Vabadussoja_Ajaloo_Komitee, lk 7
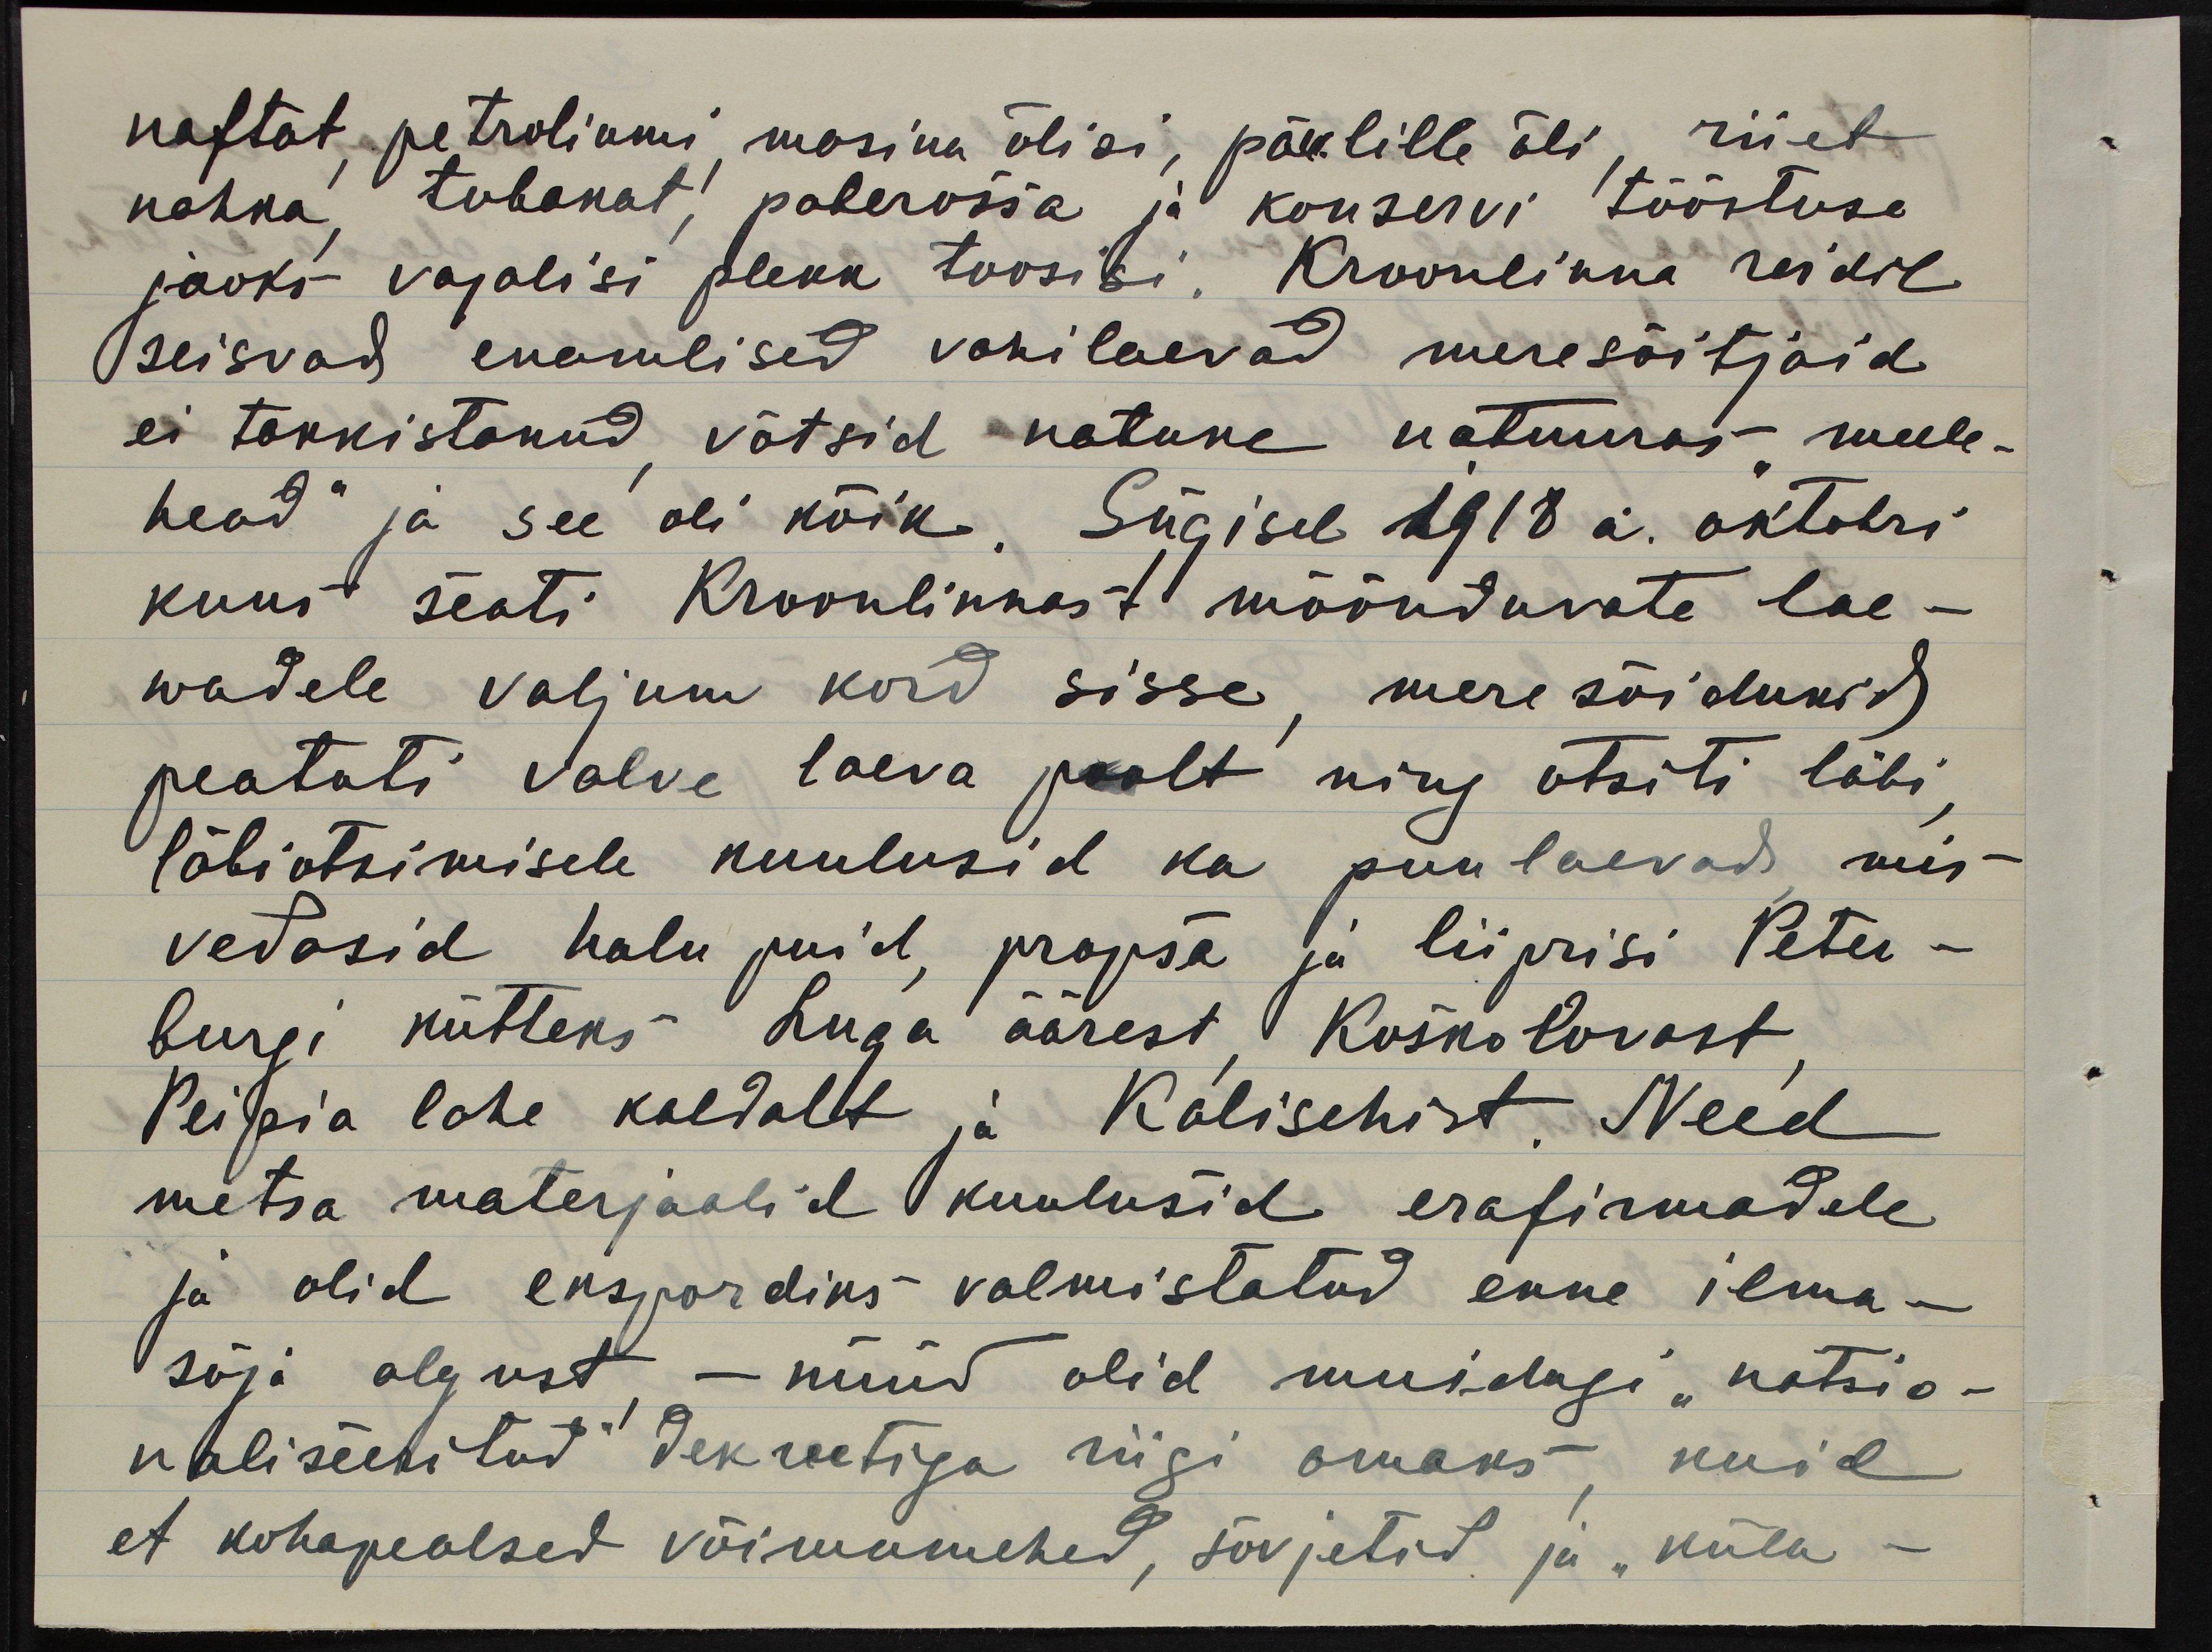
naftat, petroliumi, masina õlisi, päevlille õli, riiet
nahka, tubakat, paberossa ja konservi tööstuse
jaoks vajalisi plekk toosisi. Kroonlinna reidil
seisvad enamlised vahilaevad meresõitjaid
ei takkistanud, võtsid natune natuuras "meele-
head" ja see oli kõik. Sügisel 1918 a. oktobri
kuus seati Kroonlinnast möönduvate lae-
wadele valjum kord sisse, mere sõidukid
peatati valve laeva poolt ning otsiti läbi,
läbiotsimisele kuulusid ka puulaevad, mis
vedasid halu puid, propsa ja liiprisi Peter-
burgi kütteks Luga äärest, Koskolovast,
Peipsi lahe kaldalt ja Kolischist. Need
metsa materjaalid kuulusid erafirmadele
ja olid ekspordiks valmistatud enne ilma-
sõja algust, - nüüd olid muidugi "natsio-
naliseeritud" dekreetiga riigi omaks, kuid
et kohapealsed võimumehed, sovjetid ja "küla-